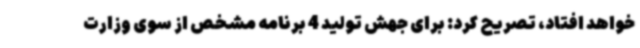
خواهد افتاد، تصریح کرد: برای جهش تولید 4 برنامه مشخص از سوی وزارت